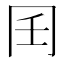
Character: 𰃧